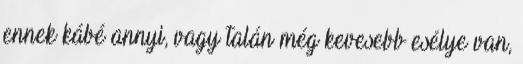
ennek kábé annyi, vagy talán még kevesebb esélye van,